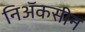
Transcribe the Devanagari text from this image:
निॲकसीन